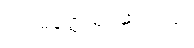
ဒသမတ္တေသု၊ ဆယ်လုံး